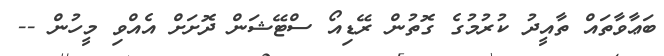
ބަޢާވާތައް ތާއީދު ކުރުމުގެ ގޮތުން ރޭޑިއޯ ސްޓޭޝަން ދޮށަށް އެއްވި މީހުން --